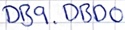
Text: DB9.DBD0